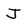
Character: J